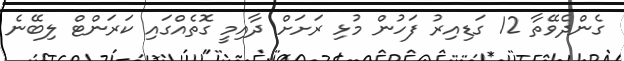
ގެންދެވޭތާ 12 ގަޑިއިރު ފަހުން މުޅި ރަށަށް ދާއިމީ ގޮތެއްގައި ކަރަންޓް ލިބޭނެ